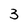
Character: 3